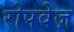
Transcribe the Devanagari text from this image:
रोपवेज़